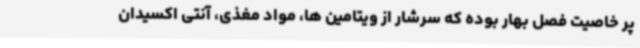
پر خاصیت فصل بهار بوده که سرشار از ویتامین ها، مواد مغذی، آنتی اکسیدان